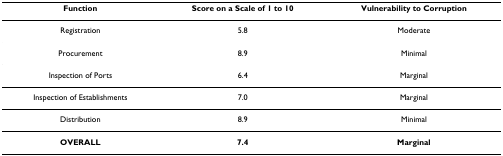
<table><thead><tr><td><b>Function</b></td><td><b>Score on a Scale of 1 to 10</b></td><td><b>Vulnerability to Corruption</b></td></tr></thead><tbody><tr><td>Registration</td><td>5.8</td><td>Moderate</td></tr><tr><td>Procurement</td><td>8.9</td><td>Minimal</td></tr><tr><td>Inspection of Ports</td><td>6.4</td><td>Marginal</td></tr><tr><td>Inspection of Establishments</td><td>7.0</td><td>Marginal</td></tr><tr><td>Distribution</td><td>8.9</td><td>Minimal</td></tr><tr><td><b>OVERALL</b></td><td><b>7.4</b></td><td><b>Marginal</b></td></tr></tbody></table>